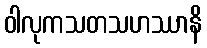
ဝါလုကသတသဟဿာနိ